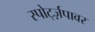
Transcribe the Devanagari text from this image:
स्पोर्ट्ज़पावर